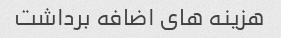
هزینه های اضافه برداشت